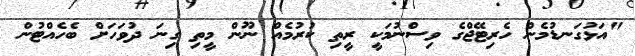
"އަޅުގަނޑުމެން ހެރިޓޭޖްގެ ވިސްނުމަކީ ރީތި ކުރުމެއް ނޫން މީތި ގިނަ ދުވަހަށް ބެހެއްޓުން